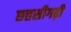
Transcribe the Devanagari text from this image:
छत्तसीगढ़ी